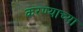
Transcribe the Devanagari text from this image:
करण्‍याच्‍या